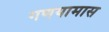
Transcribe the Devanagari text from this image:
गणयामास